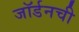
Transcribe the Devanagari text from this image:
जॉर्डनची